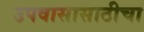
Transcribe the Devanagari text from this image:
उपवासासाठीचा